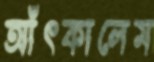
আঁৎকালেম